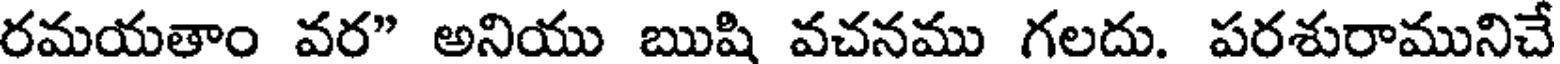
రమయతాం వర" అనియు ఋషి వచనము గలదు. పరశురామునిచే